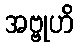
အဗ္ဗုဟိ